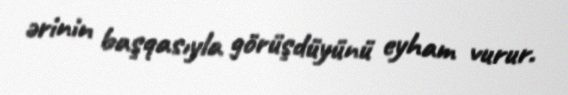
ərinin başqasıyla görüşdüyünü eyham vurur.